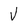
Character: V